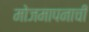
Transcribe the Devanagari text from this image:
मोजमापनाची